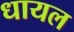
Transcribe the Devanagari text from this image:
धायल